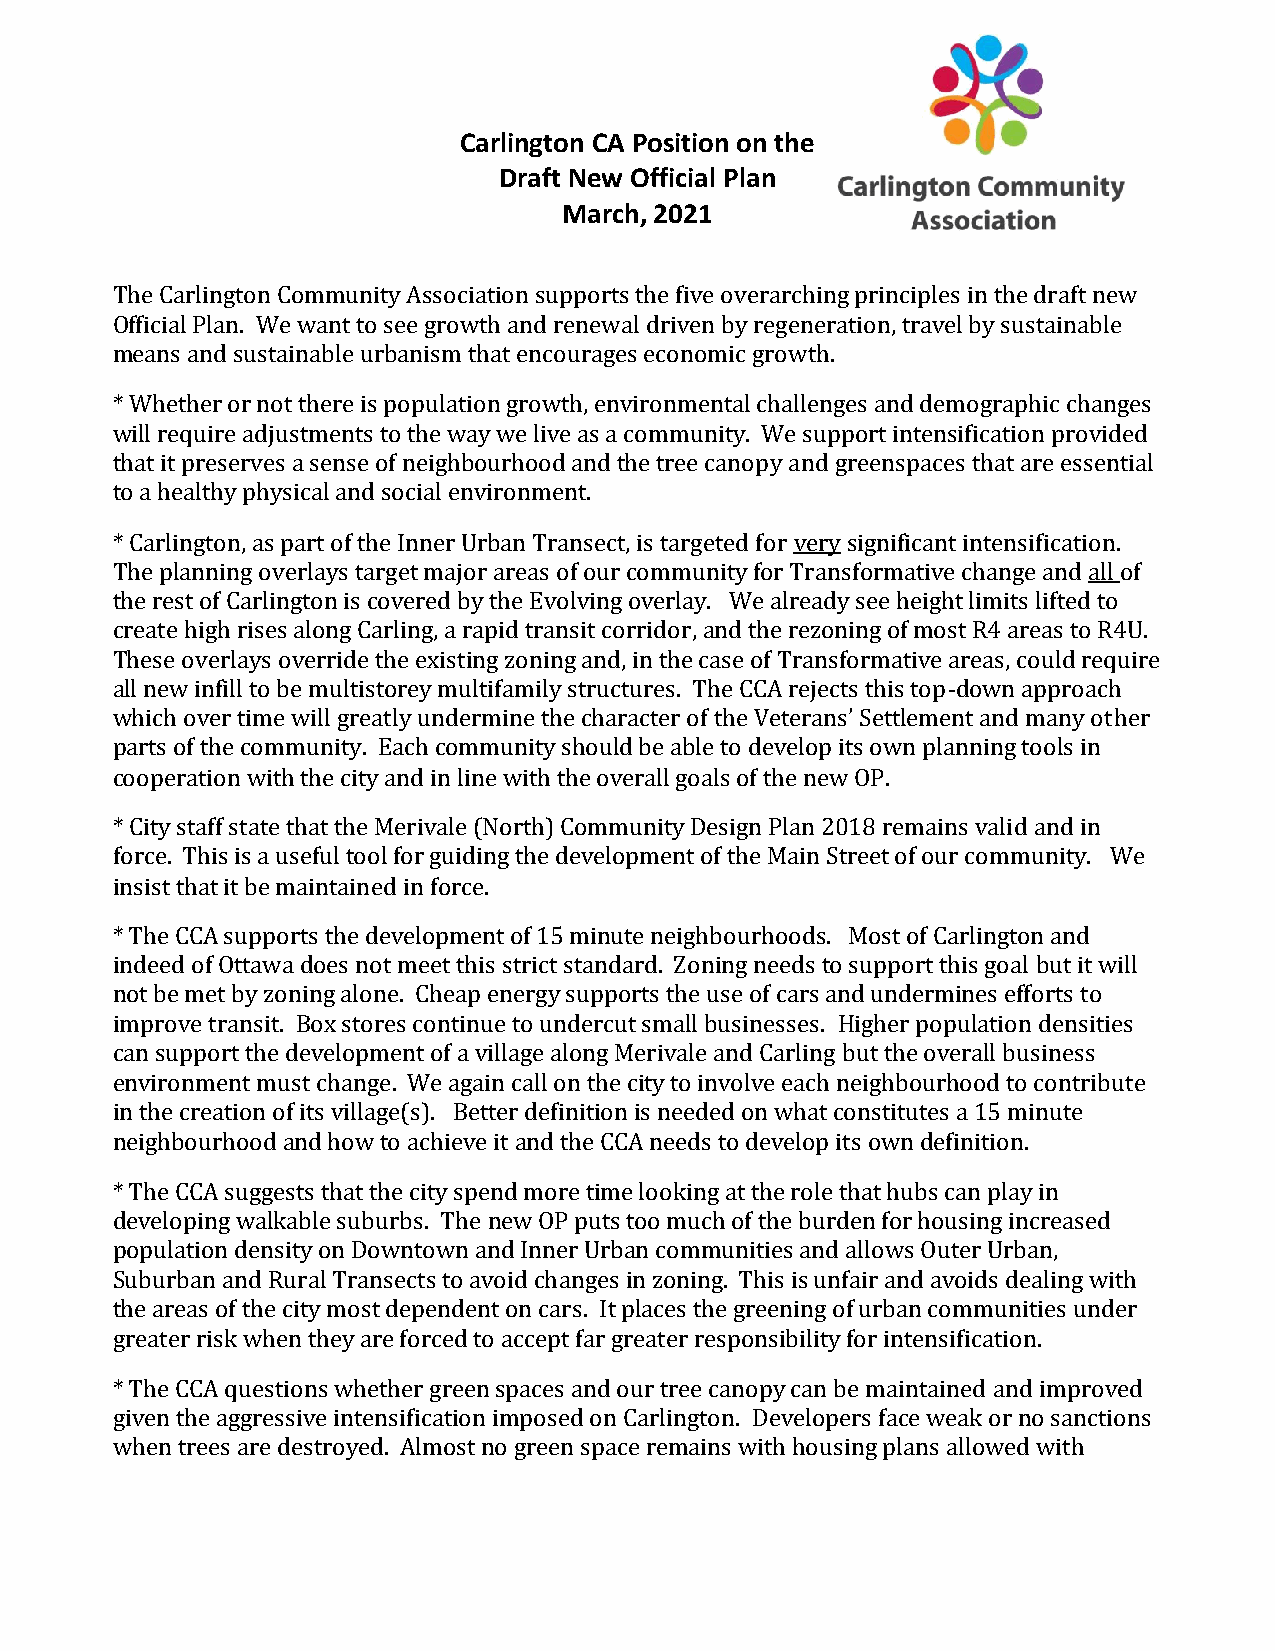
Carlington CA Position on the
 Draft New Official Plan
 March, 2021
 The Carlington Community Association supports the five overarching principles in the draft new
 Official Plan. We want to see growth and renewal driven by regeneration, travel by sustainable
 means and sustainable urbanism that encourages economic growth.
 * Whether or not there is population growth, environmental challenges and demographic changes
 will require adjustments to the way we live as a community. We support intensification provided
 that it preserves a sense of neighbourhood and the tree canopy and greenspaces that are essential
 to a healthy physical and social environment.
 * Carlington, as part of the Inner Urban Transect, is targeted for very significant intensification.
 The planning overlays target major areas of our community for Transformative change and all of
 the rest of Carlington is covered by the Evolving overlay. We already see height limits lifted to
 create high rises along Carling, a rapid transit corridor, and the rezoning of most R4 areas to R4U.
 These overlays override the existing zoning and, in the case of Transformative areas, could require
 all new infill to be multistorey multifamily structures. The CCA rejects this top-down approach
 which over time will greatly undermine the character of the Veterans’ Settlement and many other
 parts of the community. Each community should be able to develop its own planning tools in
 cooperation with the city and in line with the overall goals of the new OP.
 * City staff state that the Merivale (North) Community Design Plan 2018 remains valid and in
 force. This is a useful tool for guiding the development of the Main Street of our community. We
 insist that it be maintained in force.
 * The CCA supports the development of 15 minute neighbourhoods. Most of Carlington and
 indeed of Ottawa does not meet this strict standard. Zoning needs to support this goal but it will
 not be met by zoning alone. Cheap energy supports the use of cars and undermines efforts to
 improve transit. Box stores continue to undercut small businesses. Higher population densities
 can support the development of a village along Merivale and Carling but the overall business
 environment must change. We again call on the city to involve each neighbourhood to contribute
 in the creation of its village(s). Better definition is needed on what constitutes a 15 minute
 neighbourhood and how to achieve it and the CCA needs to develop its own definition.
 * The CCA suggests that the city spend more time looking at the role that hubs can play in
 developing walkable suburbs. The new OP puts too much of the burden for housing increased
 population density on Downtown and Inner Urban communities and allows Outer Urban,
 Suburban and Rural Transects to avoid changes in zoning. This is unfair and avoids dealing with
 the areas of the city most dependent on cars. It places the greening of urban communities under
 greater risk when they are forced to accept far greater responsibility for intensification.
 * The CCA questions whether green spaces and our tree canopy can be maintained and improved
 given the aggressive intensification imposed on Carlington. Developers face weak or no sanctions
 when trees are destroyed. Almost no green space remains with housing plans allowed with